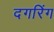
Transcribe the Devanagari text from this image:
दगरिंग